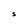
Character: S